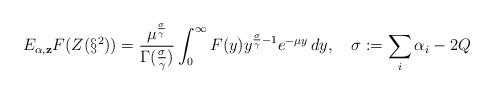
LaTeX: \begin{align*}E_{\bf \alpha, z}F(Z(\S^2))=\frac{\mu^{\frac{\sigma}{\gamma}}}{\Gamma({\frac{\sigma}{\gamma}})}\int_0^{\infty}F(y)y^{{\frac{\sigma}{\gamma}-1}}e^{-\mu y}\,dy,\ \ \ \sigma:=\sum_i \alpha_i- 2Q\end{align*}